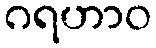
ဂရဟာဝ